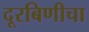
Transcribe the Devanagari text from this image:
दूरबिणीचा